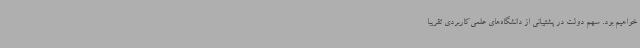
خواهیم بود. سهم دولت در پشتیبانی از دانشگاه‌های علمی‌کاربردی تقریباً